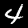
Label: 4